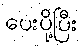
ပေးပို့ပြီး